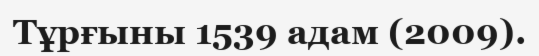
Тұрғыны 1539 адам (2009).